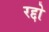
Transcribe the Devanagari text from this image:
रद्दो